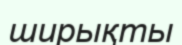
ширықты